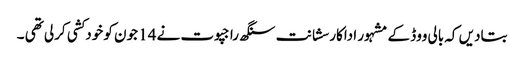
بتادیں کہ بالی ووڈ کے مشہور اداکار سشانت سنگھ راجپوت نے 14 جون کو خودکشی کرلی تھی ۔